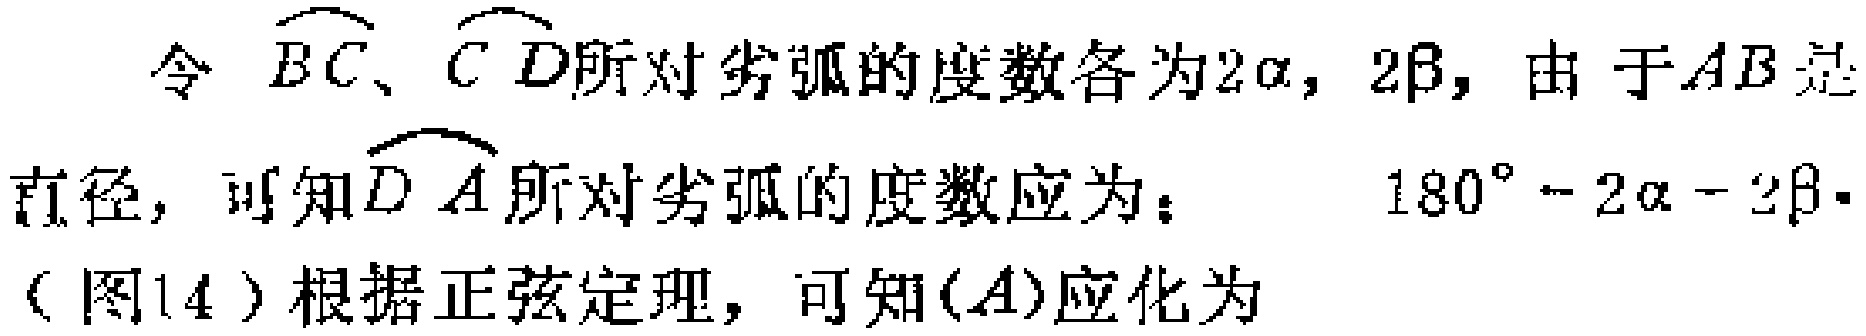
令 $\overset{\frown}{BC}、\overset{\frown}{CD}$所对劣弧的度数各为$2\alpha, 2\beta$, 由于$AB$是

直径, 可知$\overset{\frown}{DA}$所对劣弧的度数应为： $180^{\circ}-2\alpha - 2\beta$.

(图14) 根据正弦定理, 可知$(A)$应化为